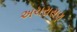
અચરાસણ